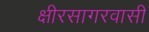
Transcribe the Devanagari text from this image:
क्षीरसागरवासी